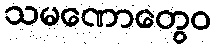
သမဏောတွေဝ